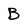
Character: B